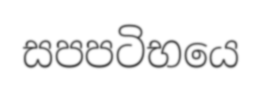
සපපටිභයෙ